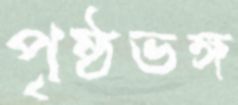
পৃৃষ্ঠভঙ্গ